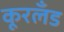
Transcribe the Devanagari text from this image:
कूरलँड